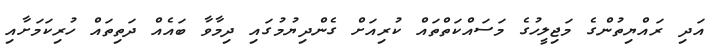
އަދި ރައްޔިތުންގެ މަޖިލީހުގެ މަސައްކަތްތައް ކުރިއަށް ގެންދިޔުމުގައި ދިމާވާ ބައެއް ދަތިތައް ހުރިކަމަށާއި